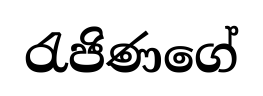
රැජිණගේ